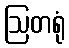
ဩတရုံ